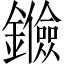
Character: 𨯘